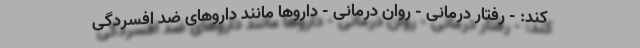
کند: - رفتار درمانی - روان درمانی - داروها مانند داروهای ضد افسردگی